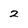
Character: 2